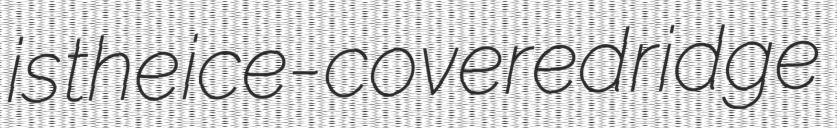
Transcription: is the ice-covered ridge